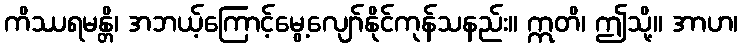
ကိဿရမန္တိ၊ အဘယ့်ကြောင့်မွေ့လျော်နိုင်ကုန်သနည်း။ ဣတိ၊ ဤသို့။ အာဟ၊